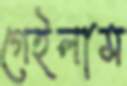
গেইলাম